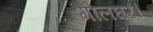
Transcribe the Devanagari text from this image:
गोलघर।